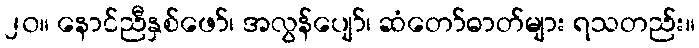
၂၀။ နောင်ညီနှစ်ဖော်၊ အလွန်ပျော်၊ ဆံတော်ဓာတ်များ ရသတည်း။